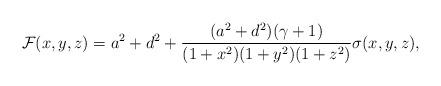
LaTeX: \begin{align*}\mathcal{F}(x,y,z)&=a^2+d^2 + \frac{(a^2+d^2)(\gamma+1)}{(1+x^2)(1+y^2)(1+z^2)} {\sigma(x,y,z),}\end{align*}